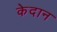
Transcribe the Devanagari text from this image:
केदान